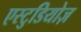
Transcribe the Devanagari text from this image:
एस्टुडियोज़